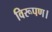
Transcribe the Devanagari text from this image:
विरूपण।